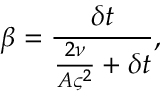
\beta = \frac { \delta t } { \frac { 2 \nu } { A \varsigma ^ { 2 } } + \delta t } ,